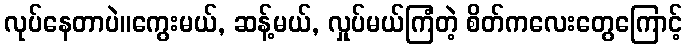
လုပ်နေတာပဲ။ကွေးမယ်, ဆန့်မယ်, လှုပ်မယ်ကြံတဲ့ စိတ်ကလေးတွေကြောင့်